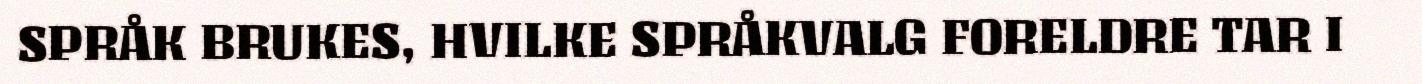
SPRÅK BRUKES, HVILKE SPRÅKVALG FORELDRE TAR I